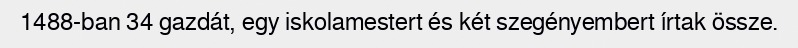
1488-ban 34 gazdát, egy iskolamestert és két szegényembert írtak össze.